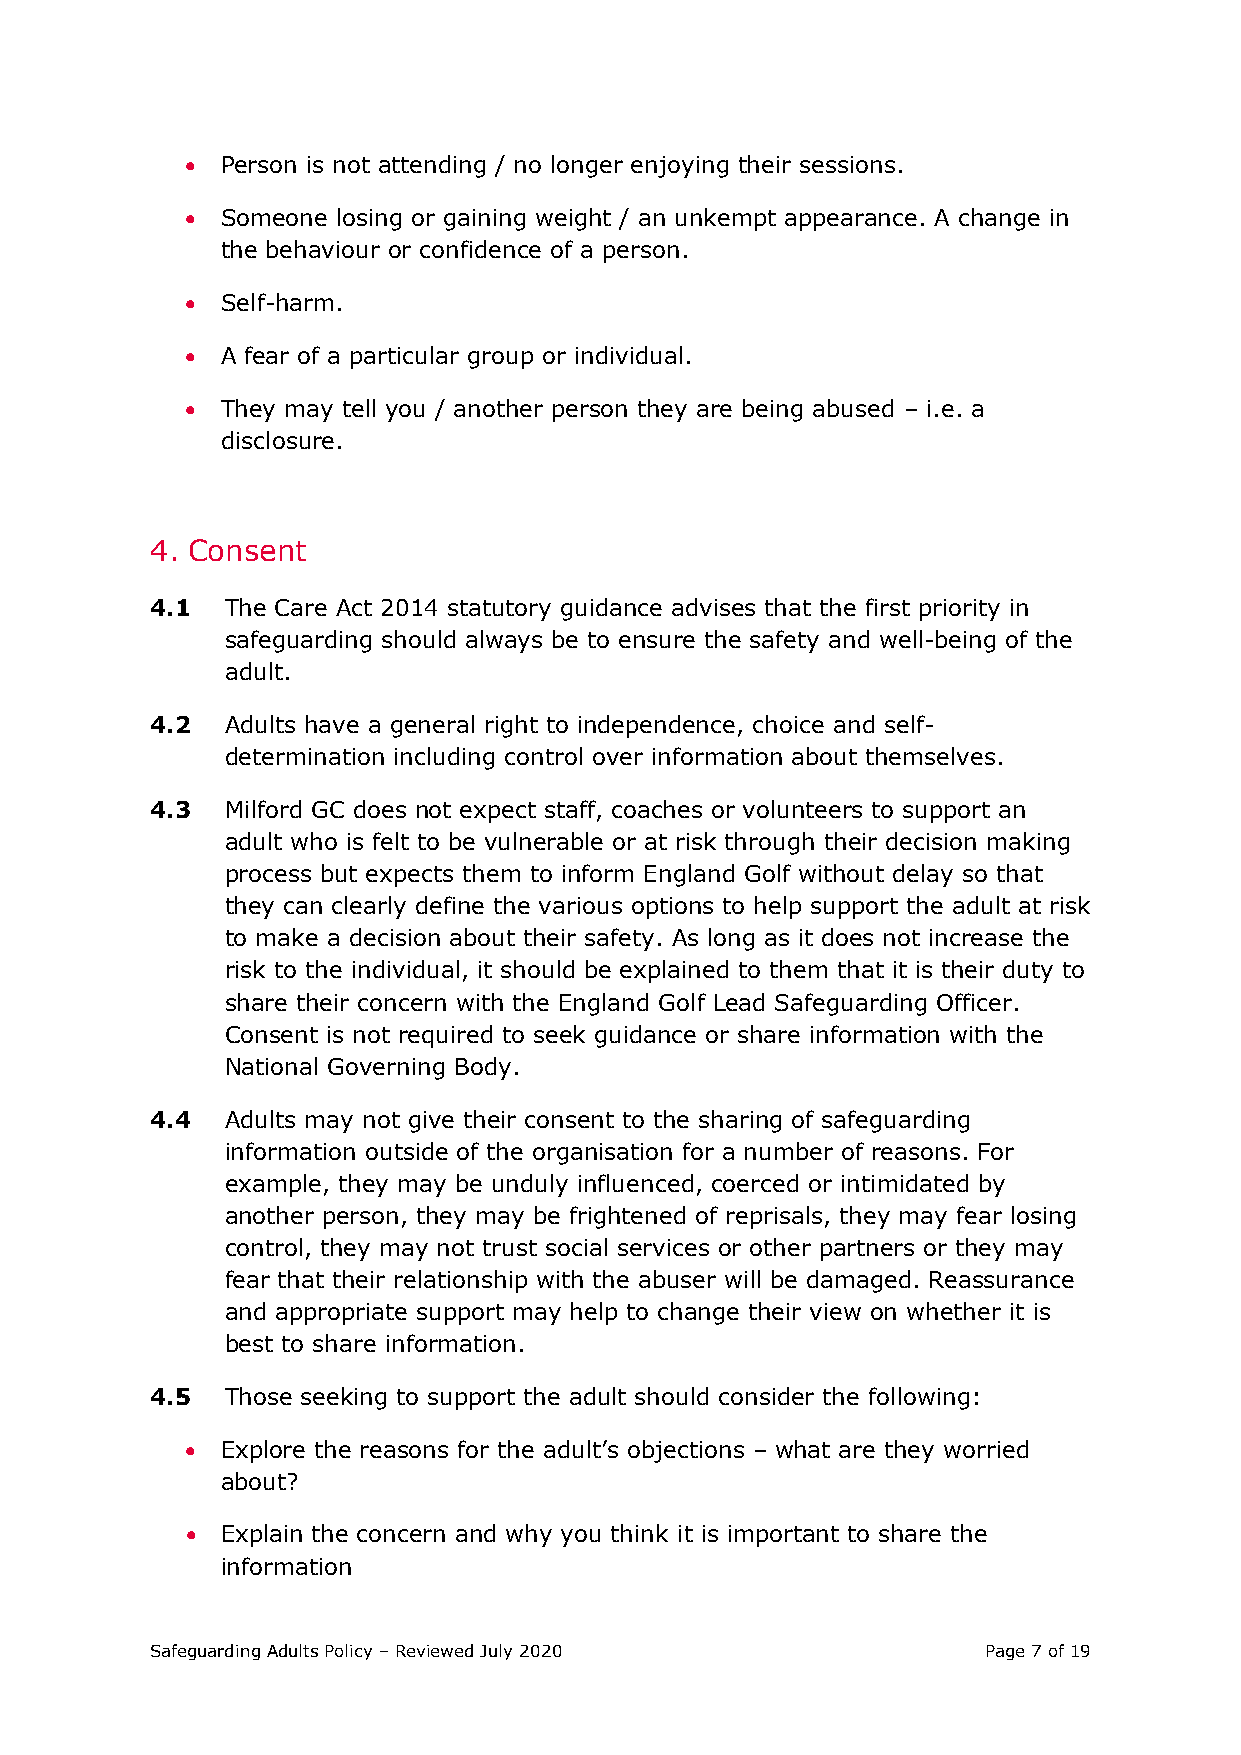
•  Person is not attending / no longer enjoying their sessions.
 •  Someone losing or gaining weight / an unkempt appearance. A change in
 the behaviour or confidence of a person.
 •  Self-harm.
 •  A fear of a particular group or individual.
 •  They may tell you / another person they are being abused – i.e. a
 disclosure.
 4. Consent
 4.1  The Care Act 2014 statutory guidance advises that the first priority in
 safeguarding should always be to ensure the safety and well-being of the
 adult.
 4.2  Adults have a general right to independence, choice and self-
 determination including control over information about themselves.
 4.3  Milford GC does not expect staff, coaches or volunteers to support an
 adult who is felt to be vulnerable or at risk through their decision making
 process but expects them to inform England Golf without delay so that
 they can clearly define the various options to help support the adult at risk
 to make a decision about their safety. As long as it does not increase the
 risk to the individual, it should be explained to them that it is their duty to
 share their concern with the England Golf Lead Safeguarding Officer.
 Consent is not required to seek guidance or share information with the
 National Governing Body.
 4.4  Adults may not give their consent to the sharing of safeguarding
 information outside of the organisation for a number of reasons. For
 example, they may be unduly influenced, coerced or intimidated by
 another person, they may be frightened of reprisals, they may fear losing
 control, they may not trust social services or other partners or they may
 fear that their relationship with the abuser will be damaged. Reassurance
 and appropriate support may help to change their view on whether it is
 best to share information.
 4.5  Those seeking to support the adult should consider the following:
 •  Explore the reasons for the adult’s objections – what are they worried
 about?
 •  Explain the concern and why you think it is important to share the
 information
 Safeguarding Adults Policy – Reviewed July 2020        Page 7 of 19